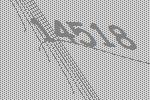
14518